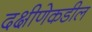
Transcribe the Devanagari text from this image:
दक्षीणेकडील